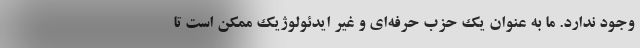
وجود ندارد. ما به عنوان یک حزب حرفه‌ای و غیر ایدئولوژیک ممکن است تا